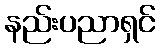
နည်းပညာရှင်